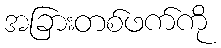
အခြားတစ်ဖက်ကို